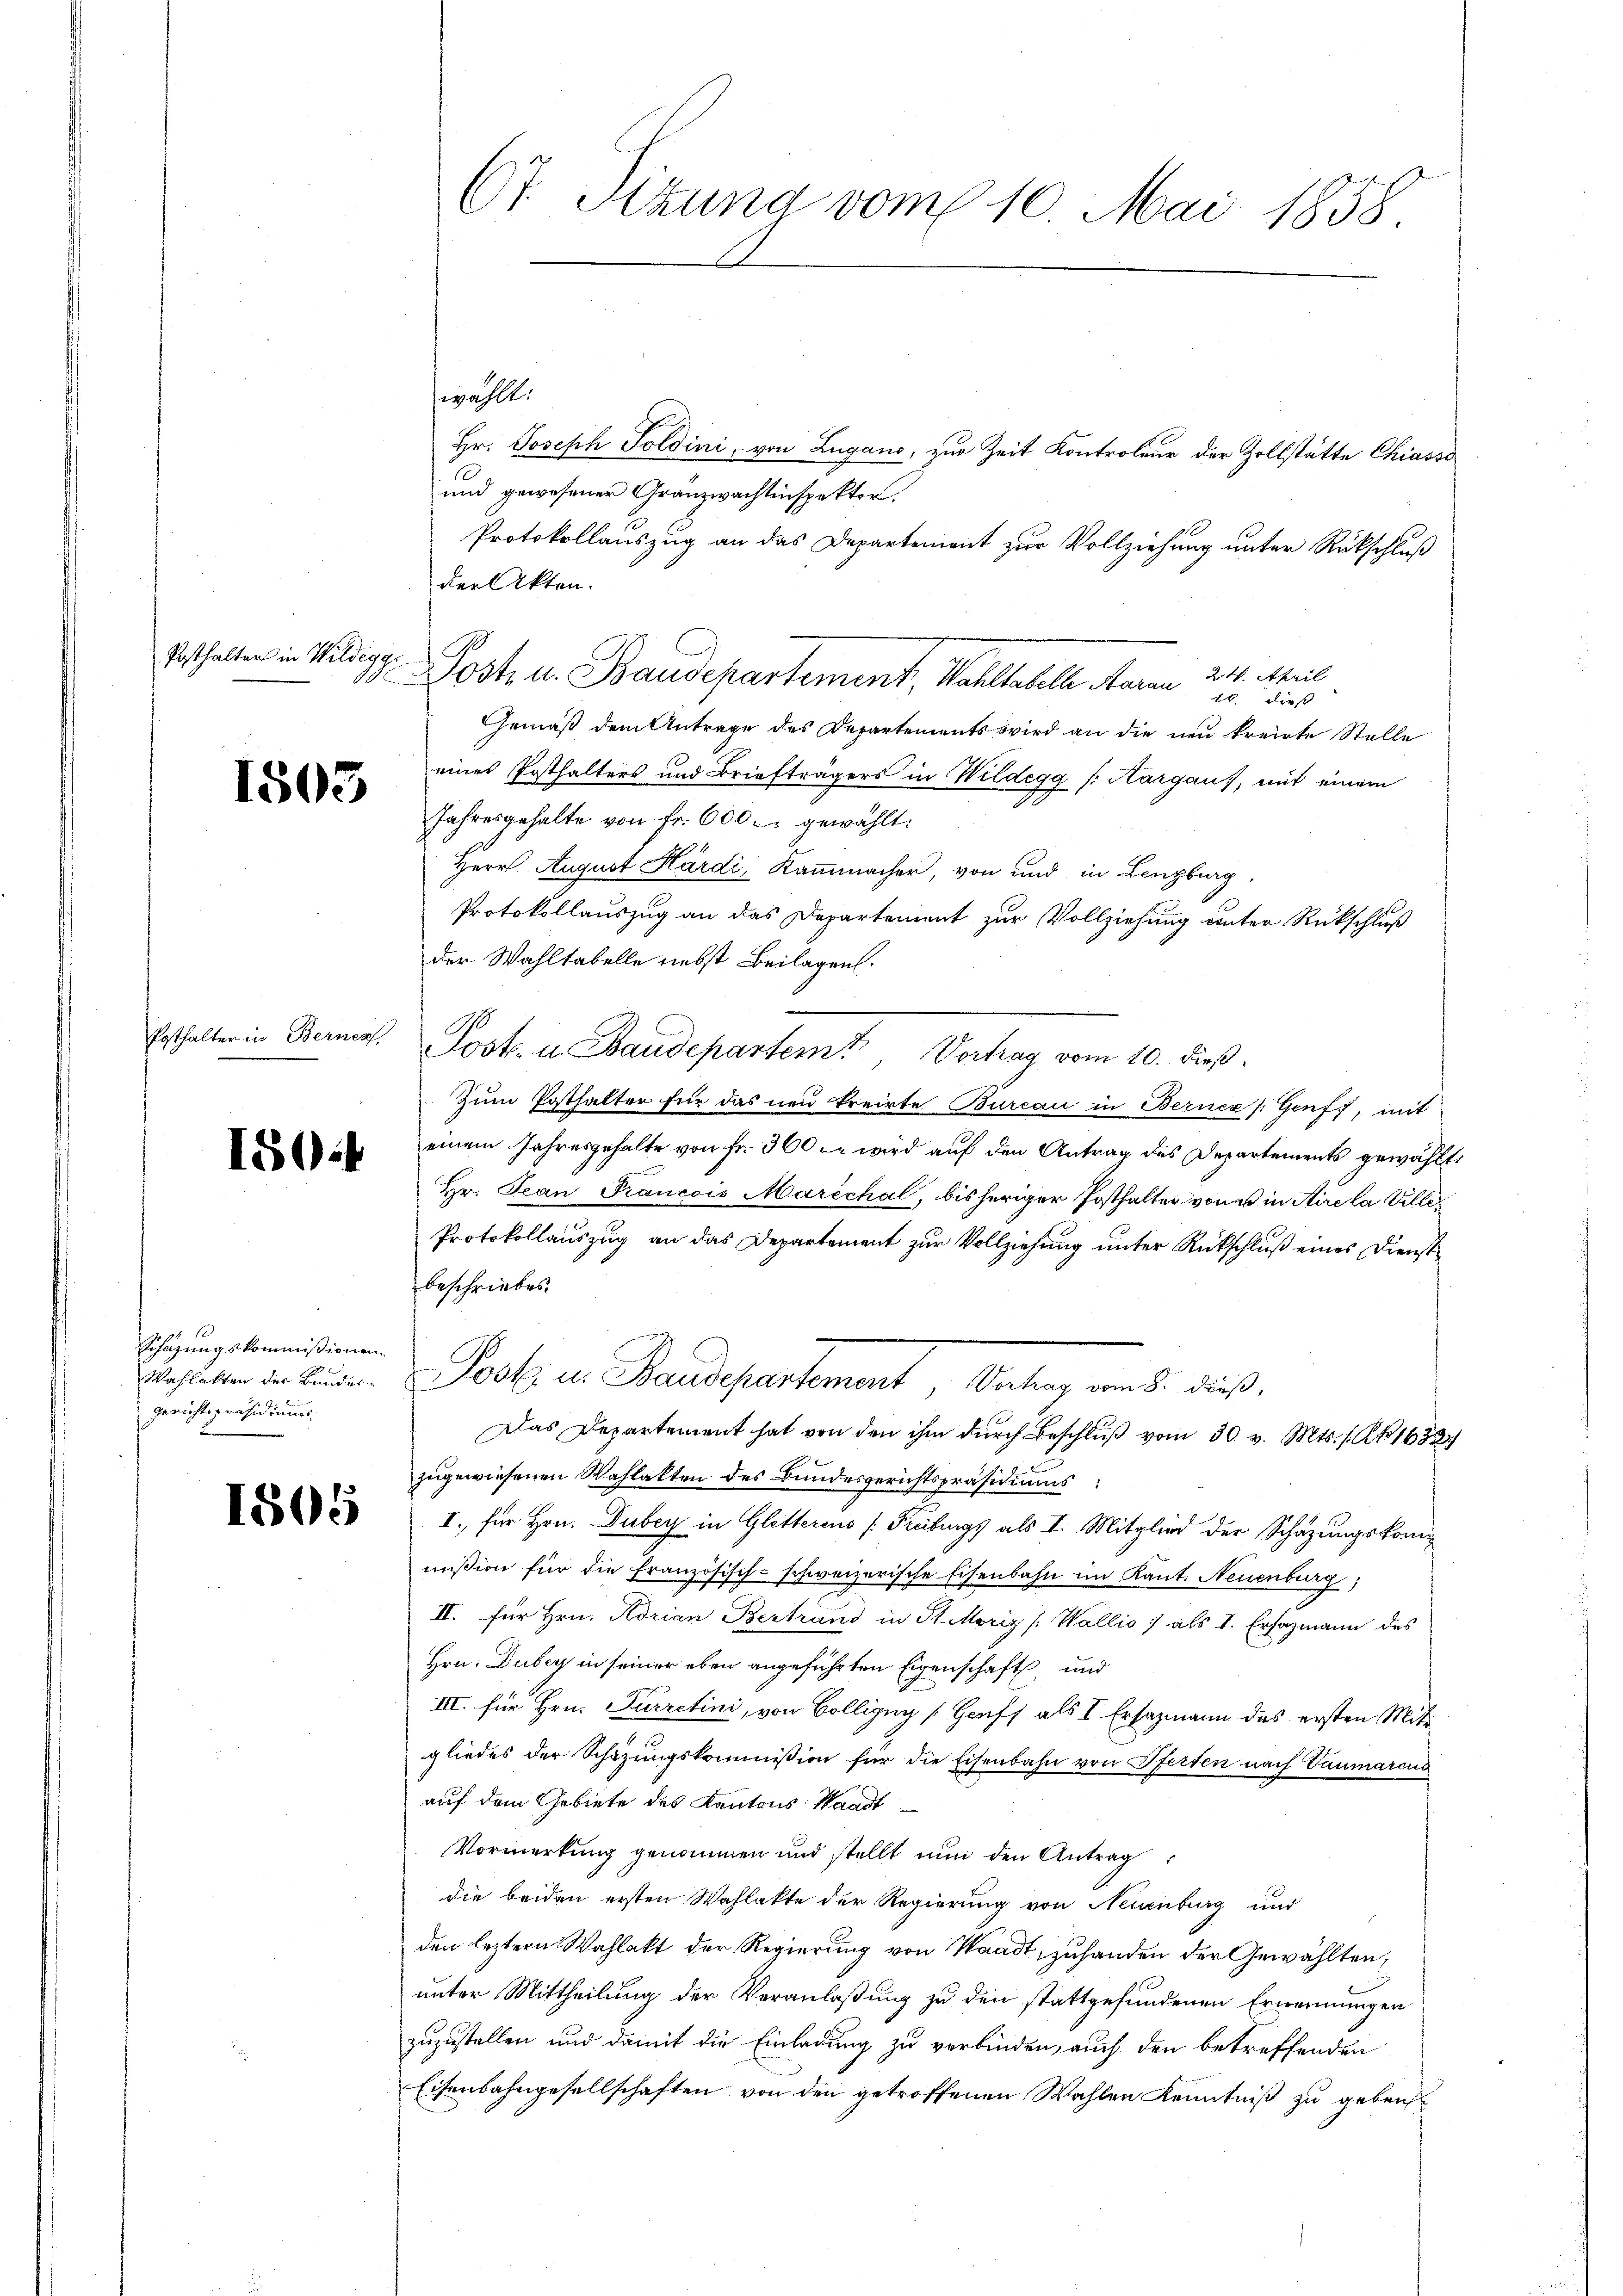
Posthalter in Wildeggi

1505

Pgthalter in Bernen

150:

Schazungskommissionen
gerichtspräsidiums.
f

1801

wählt.
Hr. Joseph Soldini, von Lugano, zur Zeit Kontroleur der Zollstätte Chiasso
und gewesener Gränzwachtinspektor,
Protokollauszug an das Departement zur Vollziehung unter Rückschluß
der Akten.
Jost u. Baudepartement, Mahlhabelle Maren 24. Meil
10. dieß
Gemäß dem Antrage des Departements wird an die neu kreirte Stelle
eines Posthalters und Briefträgers in Wildegg /: Margaus, mit einem
Jahresgehalte von Fr. 600 gewählt:
Herr August Härdi, Kaṁmacher, von und in Lenzburg,
Protokollauszug an das Departement zur Vollziehung unter Rückschluß
der Wahltabelle nebst Beilagen.
Post. u. Baudepartem Vortrag vom 10. dieß.
Zum Posthalter für das neu treirte Bureau in Berncz /: Genf), mit
einem Jahresgehalte von fr. 300 er wird auf den Antrag des Departements gewählte
Hr. Jean Prancois Marechal, bisheriger Posthalter von in Aire la Ville¬
Protokollauszug an das Departement zur Vollziehung unter Rückschluß eines Dienst
beschriebes.
Deshalten in keine Post in Baudepartement, Valang von §. dieß,
Das Departement hat von den ihm durch Beschluß vom 30. v. Mts. s. A 1683/
zugewiesenen Wahlakten des Bundesgerichtspräsidiums
I., für Hrn. Dubey in Gletterens (Freiburgs als I. Mitglied der Schazungskommission für die französisch-schweizerische Eisenbahn im Kant. Neuenburg,
II. für Hrn. Adrian Bertrand in St. Moriz [Wallis, als 1. Ersatzmann des
Hrn. Duber in seiner eben angeführten Eigenschaft und
III. für Hrn. Furretini, von Bollizuy [Geuff als I Ersazmann das ersten Mitgliedes der Schazungskommission für die Eisenbahn von Pferten nach Vaumarcus
auf dem Gebiete des Kantons Standt
Vormerkung genommen und stellt nun den Antrag
die beiden ersten Wahlakte der Regierung von Neuenburg und
den leztern Wahlakt der Regierung von Waadt, zuhanden der Gewählten,
unter Mittheilung der Veranlaßung zu den stattgefundenen Erwernungen
zuzustellen und damit die Einladung zu verbinden, auch den betreffenden
Eisenbahngesellschaften von den getroffenen Wahlen Kenntniß zu geben

67. Sizung vom 10. Mai 1858.